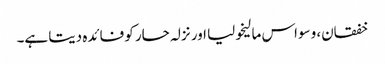
خفقان، وسواس مالیخولیا اور نزلہ حار کو فائدہ دیتا ہے۔